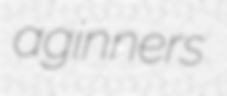
aginners